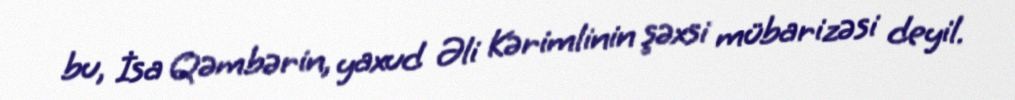
bu, İsa Qəmbərin, yaxud Əli Kərimlinin şəxsi mübarizəsi deyil.